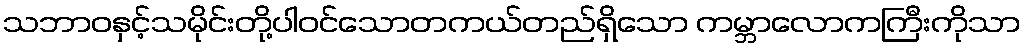
သဘာဝနှင့်သမိုင်းတို့ပါဝင်သောတကယ်တည်ရှိသော ကမ္ဘာလောကကြီးကိုသာ